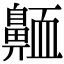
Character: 𪖩